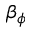
\beta _ { \phi }